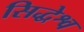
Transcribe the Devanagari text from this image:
सिद्धेश्व